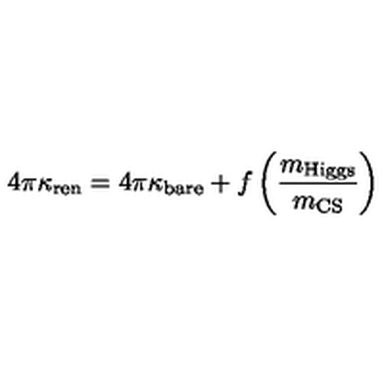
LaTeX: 4 \pi \kappa _ { \mathrm { r e n } } = 4 \pi \kappa _ { \mathrm { b a r e } } + f \left( { \frac { m _ { \mathrm { H i g g s } } } { m _ { \mathrm { C S } } } } \right)